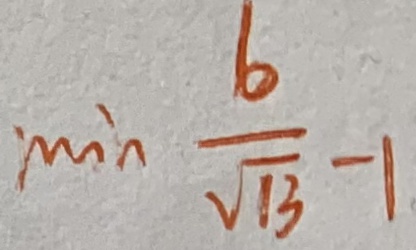
\min \frac { 6 } { \sqrt { 1 3 } - 1 }